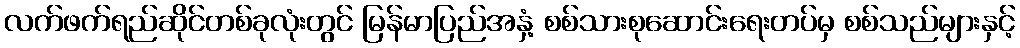
လက်ဖက်ရည်ဆိုင်တစ်ခုလုံးတွင် မြန်မာပြည်အနှံ့ စစ်သားစုဆောင်းရေးတပ်မှ စစ်သည်များနှင့်